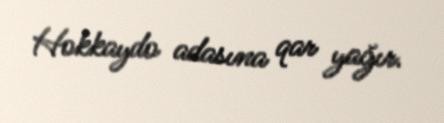
Hokkaydo adasına qar yağır.